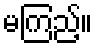
မကြည့်။